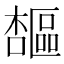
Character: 𪴋